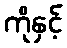
ကိုနှင့်